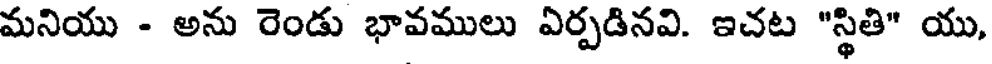
మనియు - అను రెండు భావములు ఏర్పడినవి. ఇచట "స్థితి" యు,